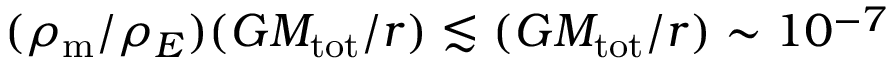
( \rho _ { \mathrm { m } } / \rho _ { E } ) ( G M _ { \mathrm { t o t } } / r ) \lesssim ( G M _ { \mathrm { t o t } } / r ) \sim 1 0 ^ { - 7 }